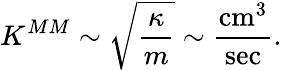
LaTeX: K^{MM}\sim\sqrt{\frac{\kappa}{m}}\sim\frac{\mathrm{cm}^{3}}{\mathrm{sec}}.